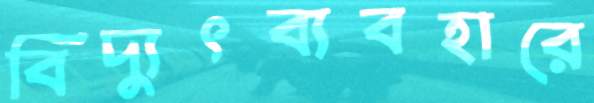
বিদ্যুৎব্যবহারে